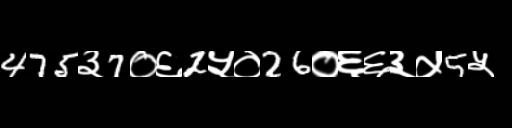
Text: 475३7०६2५०26०६६३५5५